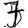
Digit: 7